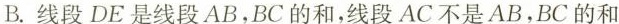
B.线段DE是线段AB，BC的和，线段AC不是AB，BC的和